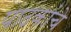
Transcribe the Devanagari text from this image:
पाठकांचे